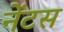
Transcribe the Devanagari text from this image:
नेंटस